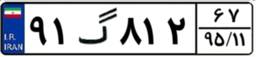
۹۱گ۸۱۲۶۷